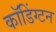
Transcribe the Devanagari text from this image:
कॉडिंग्टन